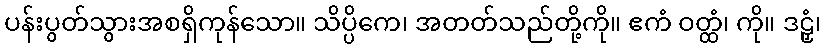
ပန်းပွတ်သွားအစရှိကုန်သော။ သိပ္ပိကေ၊ အတတ်သည်တို့ကို။ ဧကံ ဝတ္ထံ၊ ကို။ ဒဠှံ၊